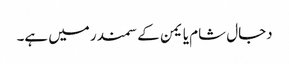
دجال شام یا یمن کے سمندر میں ہے۔